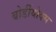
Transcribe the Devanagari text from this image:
बोर्डीयोक्स